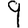
Digit: 9